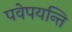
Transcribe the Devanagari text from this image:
पवेपयन्ति